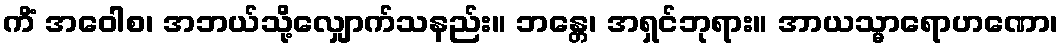
ကိံ အဝေါစ၊ အဘယ်သို့လျှောက်သနည်း။ ဘန္တေ၊ အရှင်ဘုရား။ အာယသ္မာရောဟဏော၊